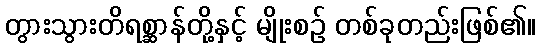
တွားသွားတိရစ္ဆာန်တို့နှင့် မျိုးစဉ် တစ်ခုတည်းဖြစ်၏။